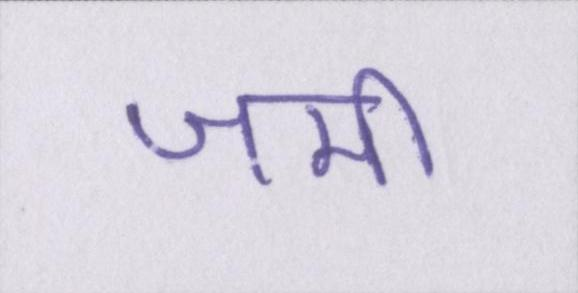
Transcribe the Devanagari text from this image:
जमी